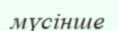
мүсінше